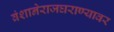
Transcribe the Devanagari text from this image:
वंशानेराजघराण्यावर